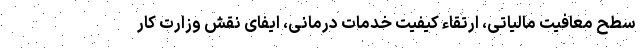
سطح معافیت مالیاتی، ارتقاء کیفیت خدمات درمانی، ایفای نقش وزارت کار